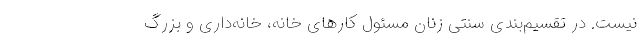
نیست. در تقسیم‌بندی سنتی زنان مسئول کارهای خانه، خانه‌داری و بزرگ